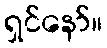
ရှင်နော်။